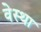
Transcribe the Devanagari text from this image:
वेस्था